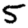
Digit: 5